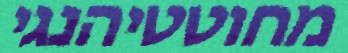
מחוטטיהנגי